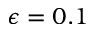
\epsilon = 0 . 1